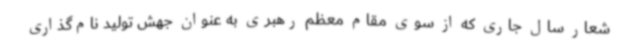
شعار سال جاری که از سوی مقام معظم رهبری به عنوان جهش تولید نام‌گذاری